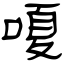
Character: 嗄